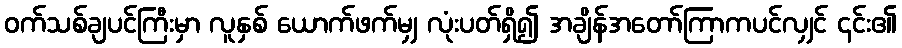
ဝက်သစ်ချပင်ကြီးမှာ လူနှစ် ယောက်ဖက်မျှ လုံးပတ်ရှိ၍ အချိန်အတော်ကြာကပင်လျှင် ၎င်း၏